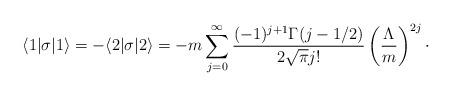
LaTeX: \begin{align*}\langle 1|\sigma |1\rangle = -\langle 2|\sigma |2\rangle = -m \sum_{j=0}^{\infty} {(-1)^{j+1}\Gamma(j-1/2)\over 2\sqrt{\pi} j!} \left( {\Lambda\over m}\right)^{2j}\cdotp\end{align*}